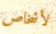
لأشخاص